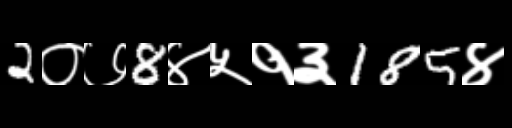
Text: 2०७8४५१३185४